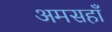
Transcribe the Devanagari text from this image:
अमसहाँ